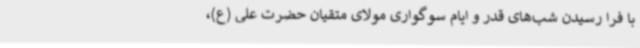
با فرا رسیدن شب‌های قدر و ایام سوگواری مولای متقیان حضرت علی (ع)،